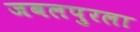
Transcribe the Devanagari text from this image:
जबलपुरला